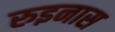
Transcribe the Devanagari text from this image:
रुइनास